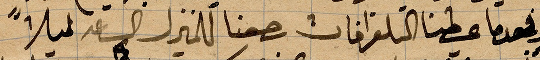
وعندما عطينا التلغرافات رجعنا للمنزل الساعة ليلًا